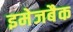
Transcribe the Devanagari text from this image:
इमेजबैक